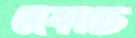
দেকাচে